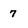
Character: 7